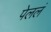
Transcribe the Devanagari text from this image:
पेललं